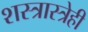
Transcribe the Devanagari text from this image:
शस्त्रास्त्रेही